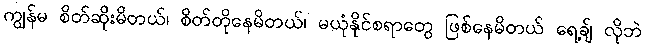
ကျွန်မ စိတ်ဆိုးမိတယ်၊ စိတ်တိုနေမိတယ်၊ မယုံနိုင်စရာတွေ ဖြစ်နေမိတယ် ရေ့ချ် လိုဘဲ